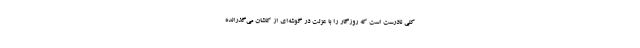
کلی نادرست است که روزگار را با عزلت در گوشه‌ای از کاشان می‌گذرانده